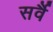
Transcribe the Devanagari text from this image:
सर्वै